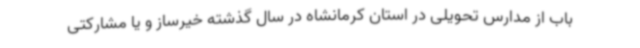
باب از مدارس تحویلی در استان کرمانشاه در سال گذشته خیرساز و یا مشارکتی